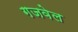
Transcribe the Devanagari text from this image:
गजवेल